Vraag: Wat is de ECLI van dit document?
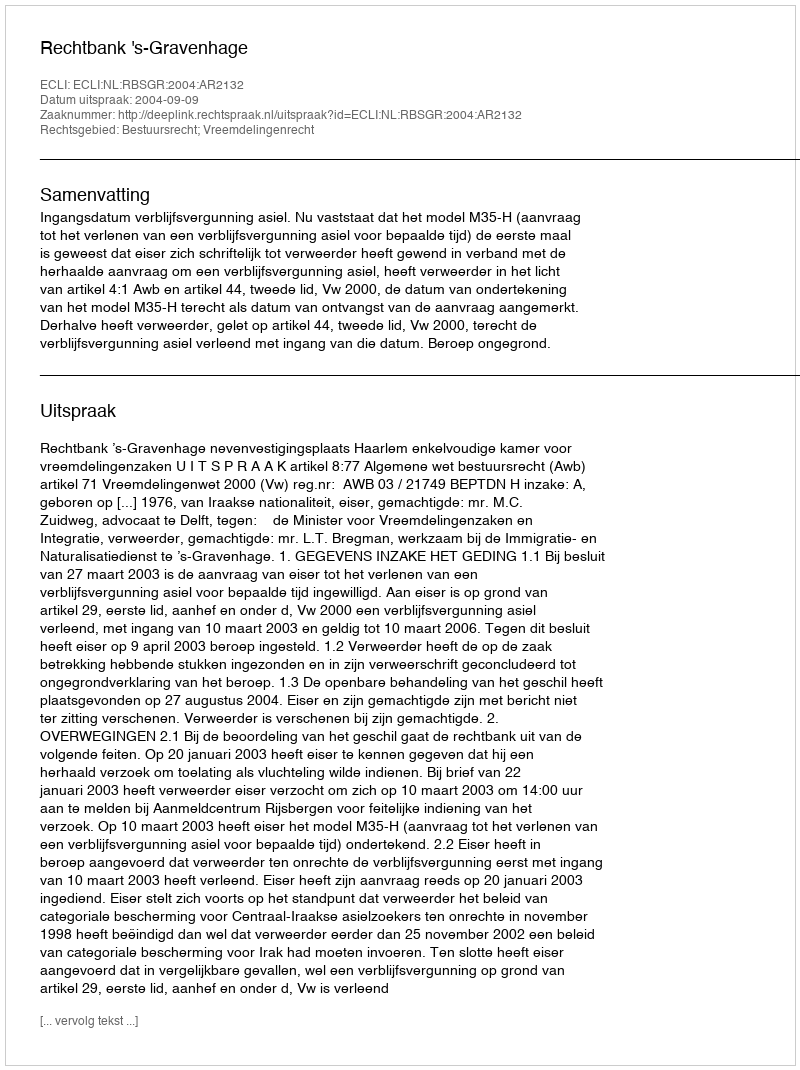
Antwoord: ECLI:NL:RBSGR:2004:AR2132